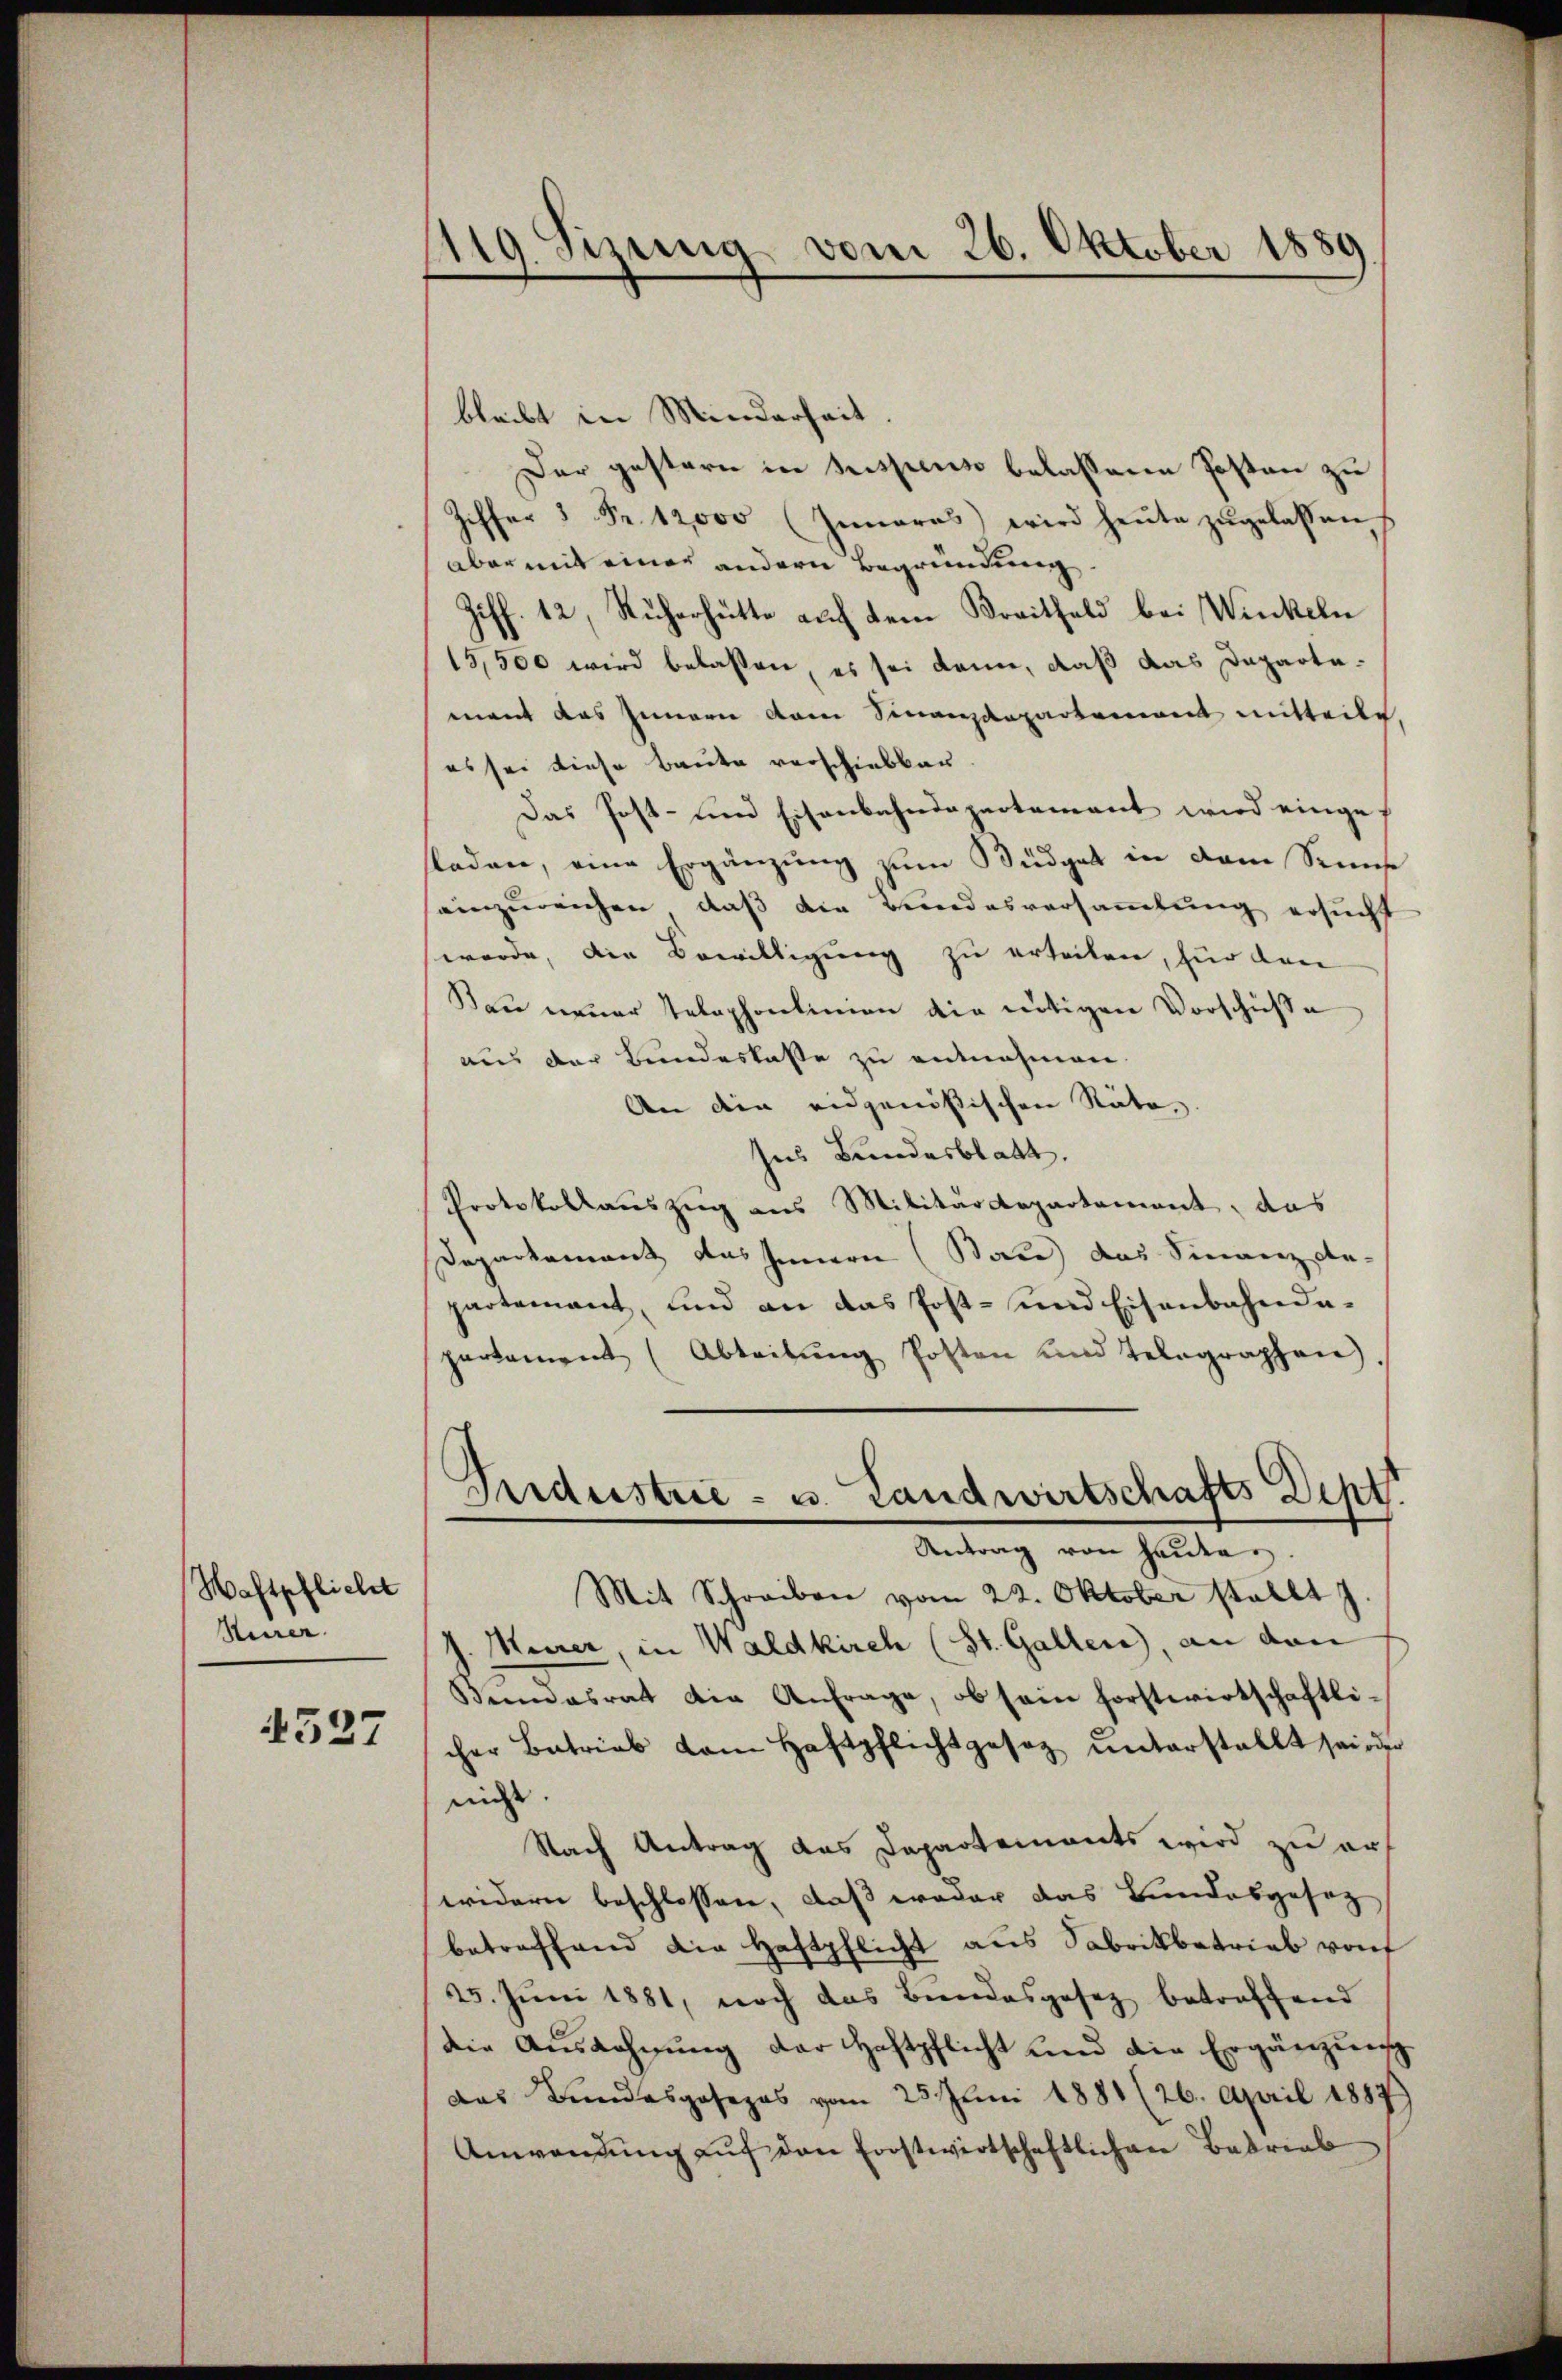
Haftpflicht
Hirer.

4527

119. Sizung vom 26. Oktober 1880

bleibt in Minderheit.
Der gestern in dispenso belassene Posten zu
Ziffer 1 Fr. 12,000 (Iunaras) wird heŭte zŭgelassen
aber mit einer andern Begründung.
Ziff. 12, Ruherhütte auf dem Kreitfeld bei Wickeln
15,500 wird belassen, es sei kann, daß das Departemant das Innern dem Finanzdepartement mitteile,
es sei diese Baute verschiebbar
Das Post- und Eisenbahndepartement wird eingef
laden, eine Ergänzung zum Büdget in dem Senns
seinzureichen, daß die Bundesversammlung ersucht
werde, die Bewilligung zu erteilen, für den
Bau neuer Telephontinien die nötigen Vorschüße
aus der Bundeskasse zu entnehmen.
An die eidgenößischen Räte,
Ins Bundesblatt.
Protokollauszug aus Militärdepartement, das
Departement das Innern Baue das Finanz da-
partement, und an das Post- und Eisenbahndapartement (Abteitŭng Posten und Telegraphen,
Aardustrie - u. Landwirtschafts Dept.
Antrag von Heiden.
Mit Schreiben vom 22. Oktober stellt
J. Merer, in Waldkirch (St. Gallen, an den
Bemasrat die Anfrage, ob sein forstwirtschaftli-
cher Betrieb vom Haftpflicht gesez ŭnterstellt sei oder
nicht
Nach Antrag das Departements wird zu erwidern beschlossen, daß weder das Bundesgesetz
betreffend die Haftpflicht aus Fabrikbetrieb von
25. Juni 1881, noch das Bundesgesez betreffend
Die Ausdehnung der Haftpflicht und die Ergänzung
das Bundesposezes vom 25. Juni 1881 (26. April 1887
Anwendung auf den Forstwirtschaftlichen Betrieb